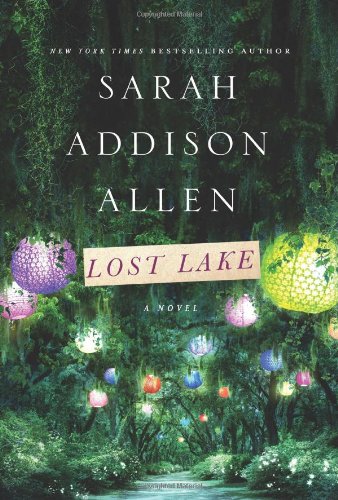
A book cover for Lost Lake; Sarah Addison Allen; Literature & Fiction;